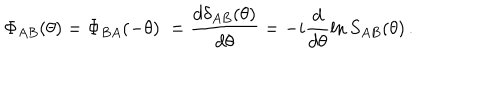
LaTeX: \Phi _ { A B } ( \theta ) = \Phi _ { B A } ( - \theta ) \; = \frac { d \delta _ { A B } ( \theta ) } { d \theta } = - i \frac { d } { d \theta } \ln S _ { A B } ( \theta ) \, .